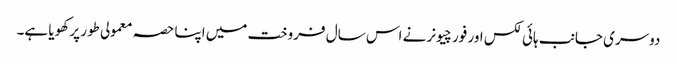
دوسری جانب ہائی لکس اور فورچیونر نے اس سال فروخت میں اپنا حصہ معمولی طور پر کھویا ہے۔